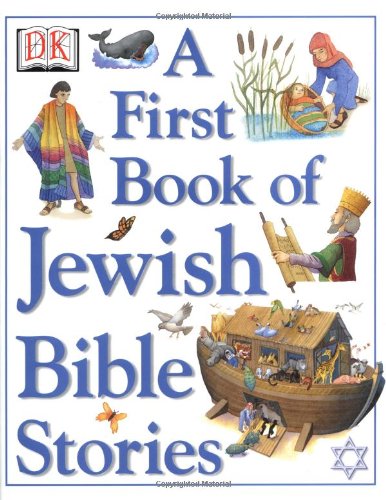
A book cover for A First Book of Jewish Bible Stories; Julie Downing; Children's Books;